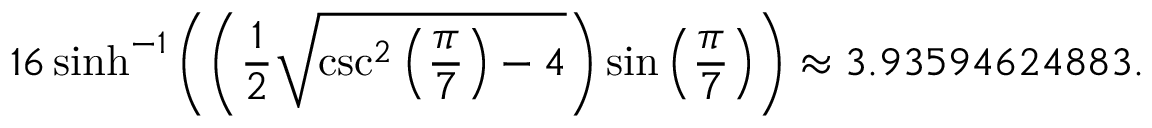
1 6 \sinh ^ { - 1 } \left( \left( { \frac { 1 } { 2 } } { \sqrt { \csc ^ { 2 } \left( { \frac { \pi } { 7 } } \right) - 4 } } \right) \sin \left( { \frac { \pi } { 7 } } \right) \right) \approx 3 . 9 3 5 9 4 6 2 4 8 8 3 .